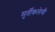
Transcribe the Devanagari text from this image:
मुर्तीकलेची